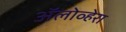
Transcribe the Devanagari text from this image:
ॲलोव्हेरा